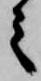
之